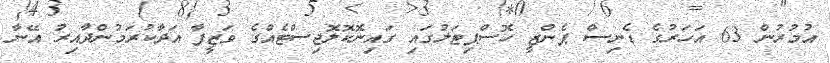
އުމުރުން 63 އަހަރުގެ ޑެނިސް ޕެންޒީ ހޮސްޕިޓަލުގައި ގައިނޮކޮލޮޖިސްޓެއްގެ ވަޒީފާ އަދާކުރަމުންދާއިރު އޭނާ